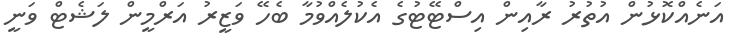
އަނެއްކޮޅުން އުތުރު ރާއިން އިސްޓޭޓުގެ އެކުލެއްވުމާ ބެހޭ ވަޒީރު އަރްމީން ލަޝެޓް ވަނީ